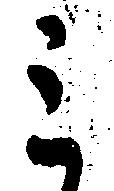
ミ